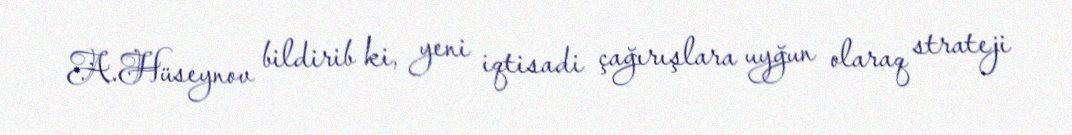
A.Hüseynov bildirib ki, yeni iqtisadi çağırışlara uyğun olaraq strateji